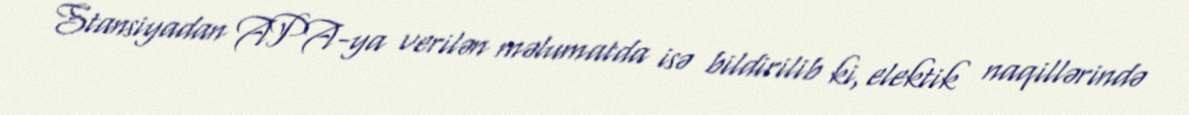
Stansiyadan APA-ya verilən məlumatda isə bildirilib ki, elektik naqillərində